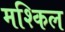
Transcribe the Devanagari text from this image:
मश्किल